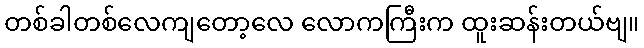
တစ်ခါတစ်လေကျတော့လေ လောကကြီးက ထူးဆန်းတယ်ဗျ။